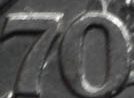
70